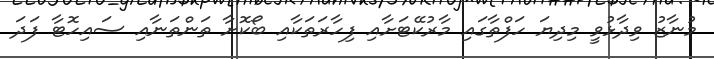
މުނާޒު ވިދާޅުވީ މިދިޔަ ހަފްތާގައި މާރުކޭޓަށާއި ފިހާރަތަކާއި ބޯކޮށާ ތަންތަނާއި ސައިހޮޓާ ފަދަ